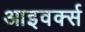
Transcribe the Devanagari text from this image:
आइवर्क्स